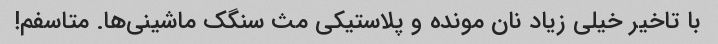
با تاخیر خیلی زیاد نان مونده و پلاستیکی مث سنگک ماشینی‌ها. متاسفم!